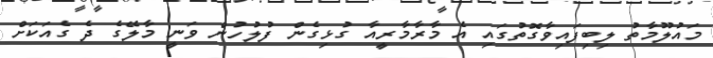
މައުލޫމާތު ލިބިފައިވާގޮތުގައި އެ މާރާމާރީއާ ގުޅިގެން ފުލުހުން ވަނީ މާލޭގެ ދެ ގެއަކަށް